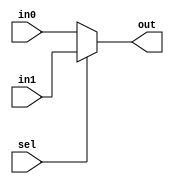
`timescale 1ns / 1ps


module mux2b_if ( 
    input [1:0] in0, in1,
    input sel,
    output reg [1:0] out
);

    always @(sel, in0, in1) begin
        if (sel == 0) out = in0;
        else out = in1;
    end
    
endmodule

/*

4:1 MUX
      _____
D1 - |     |
D2 - | 4:1 |______
D3 - |     |
D4 - |     |
      _____
       | |
      S1 S2

*/
module mux_4_1 (
    input [3:0] data,
    input [1:0] sel,
    output qout
);
    // always @(data, sel) begin
    //     case (sel)
    //         2'b00 : qout = data[0];
    //         2'b01 : qout = data[1];
    //         2'b10 : qout = data[2];
    //         2'b11 : qout = data[3];
    //     endcase
    // end

    assign qout = data[sel];
endmodule

module mux_2_1 (
    input [1:0] d,
    input s,
    output f
);
    assign f= s? d[1] : d[0] ;
    // wire sbar, w0, w1;

    // not (sbar, s);
    // and (w0, sbar, d[0]);
    // and (w1, s, d[1]);
    // or (f, w0, w1);
    // // if s=0 -> f=d[0],  s=1 -> f=d[1]
    
endmodule


module mux_8_1 (
    input [7:0] data,
    input [2:0] sel,
    output qout
);
    // always @(data, sel) begin
    //     case (sel)
    //         2'b00 : qout = data[0];
    //         2'b01 : qout = data[1];
    //         2'b10 : qout = data[2];
    //         2'b11 : qout = data[3];
    //     endcase
    // end

    assign qout = data[sel];
endmodule


// Look Up Table
// MUX  
// FPGA  LUT  
//    
// ex) always, case

module demux_1_4 (
    input d,
    input [1:0] s,
    output [3:0] f
);
    // s=0 -> 000d
    // s=1 -> 00d0
    // s=2 -> 0d00
    // s=3 -> d000
    assign f = (s == 2'b00) ? {3'b000, d}      : 
               (s == 2'b01) ? {2'b00, d, 1'b0} :
               (s == 2'b10) ? {1'b0, d, 2'b00} :
                              {d, 3'b000}      ;
endmodule


module mux_demux (
    input [7:0] d,
    input [2:0] s_mux,
    input [1:0] s_demux,
    output [3:0] f
);
    wire mux_out;
    mux_8_1 mux0 (d, s_mux, mux_out);
    demux_1_4 demux0 (mux_out, s_demux, f);
    
endmodule

//    
module bin_to_dec(
        input [11:0] bin,     // 9999 =   10_0111_0000_1111
        output reg [15:0] bcd //      = 1001_1001_1001_1001
    );
    reg [3:0] i;
    always @(bin) begin
        bcd = 0;
        // 10  6   
        // ex: 11 = 0000_1011   +6 ->  17 = 0001_0111
        for (i = 0; i < 12; i = i+1)begin
            bcd = {bcd[14:0], bin[11-i]};
            if(i < 11 && bcd[3:0] > 4) bcd[3:0] = bcd[3:0] + 3;
            if(i < 11 && bcd[7:4] > 4) bcd[7:4] = bcd[7:4] + 3;
            if(i < 11 && bcd[11:8] > 4) bcd[11:8] = bcd[11:8] + 3;
            if(i < 11 && bcd[15:12] > 4) bcd[15:12] = bcd[15:12] + 3;
        end
    end
endmodule

/*
0000_0000   00
0000_0001   01
0000_0010   02
0000_0011   03
0000_0100   04
0000_0101   05
0000_0110   06
0000_0111   07
0000_1000   08
0000_1001   09

0001_0000   10   10  4 
0001_0001   11   4 4  
0001_0010   12
...
*/